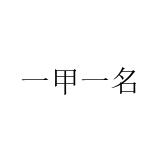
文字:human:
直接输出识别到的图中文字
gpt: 一甲一名